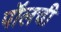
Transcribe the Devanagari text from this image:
पॉलची